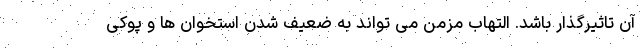
آن تاثیرگذار باشد. التهاب مزمن می تواند به ضعیف شدن استخوان ها و پوکی